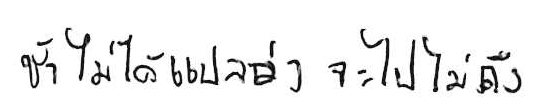
ช้า ไม่ได้แปลว่า จะไปไม่ถึง